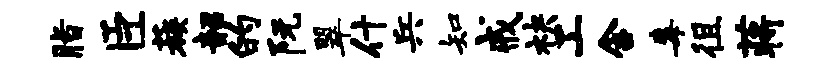
脂臣蔟韶的阮翠什兵知戒袂工含毒徂蒋